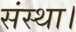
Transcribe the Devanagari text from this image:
संस्था।